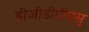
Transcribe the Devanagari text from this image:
डीजीडीपीएस्